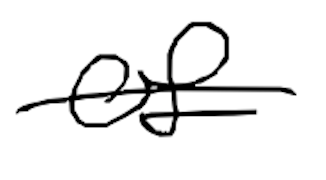
Text: of
Cross-out: single-line
Writing tool: digital_black